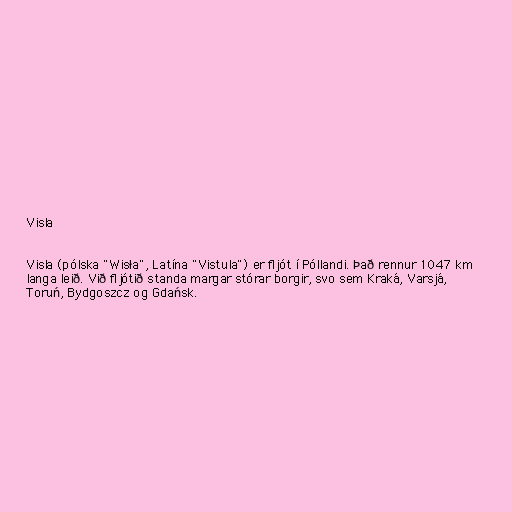
Visla

Visla (pólska "Wisła", Latína "Vistula") er fljót í Póllandi. Það rennur 1047 km
langa leið. Við fljótið standa margar stórar borgir, svo sem Kraká, Varsjá,
Toruń, Bydgoszcz og Gdańsk.